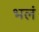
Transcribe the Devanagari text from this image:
भलं